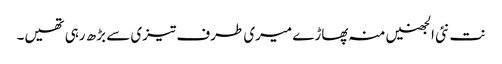
نت نئی الجھنیں منہ پھاڑے میری طرف تیزی سے بڑھ رہی تھیں۔